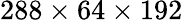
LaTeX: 288\times 64\times 192